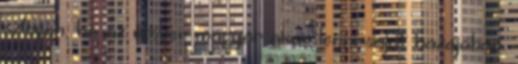
szlogen, ha az ember magyar akar lenni saját hazájában.